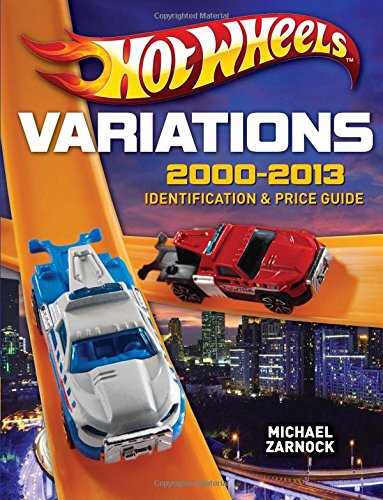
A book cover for Hot Wheels Variations, 2000-2013: Identification and Price Guide; Michael Zarnock; Crafts, Hobbies & Home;